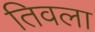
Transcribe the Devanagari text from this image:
तिवला